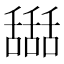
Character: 𦧵